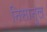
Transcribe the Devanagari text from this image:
निसानुल